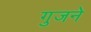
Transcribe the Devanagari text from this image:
गुजने